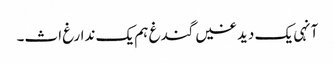
آنہی یک دیدغیں گندغ ہم یک ندارغ اث۔